Leaving Certificate Examination, 1920
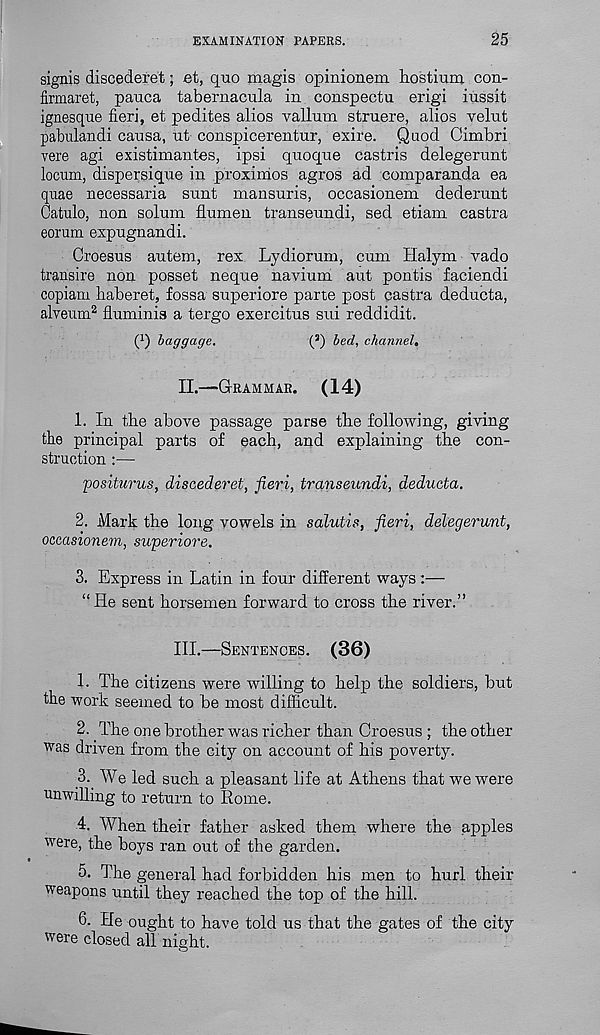
EXAMINATION PAPERS.
25
signis discederet; et, quo magis opinionem hostium con-
firmaret, pauca tabernacula in conspectu erigi iussit
ignesque fieri, et pedites alios vallum struere, alios velut
pabulandi causa, ut conspicerentur, exire. Quod Cimbri
vere agi existimantes, ipsi quoque castris delegerunt
locum, dispersique in proximos agros ad comparanda ea
quae necessaria sunt mansuris, occasionem dederunt
Catulo, non solum flumen transeundi, sed etiam castra
eorum expugnandi.
Croesus autem, rex Lydiorum, cum Halym vado
transire non posset neque navium aut pontis faciendi
copiam haberet, fossa superiore parte post castra deducta,
alveum 2 fluminis a tergo exercitus sui reddidit.
O baggage.
( 3 ) bed, channel.
II.
—
1. In the above passage parse the following, giving
the principal parts of each, and explaining the con-
struction :—
positurus, discederet, fieri, transeundi, deducta.
2. Mark the long vowels in salutis, fieri, delegerunt,
occasionem, superiore.
3. Express in Latin in four different ways:—
“ He sent horsemen forward to cross the river.”
III.
—
1. The citizens were willing to help the soldiers, but
the work seemed to be most difficult.
2. The one brother was richer than Croesus ; the other
was driven from the city on account of his poverty.
3. We led such a pleasant life at Athens that we were
unwilling to return to Rome.
4. When their father asked them where the apples
were, the boys ran out of the garden.
5. The general had forbidden his men to hurl their
weapons until they reached the top of the hill.
6. He ought to have told us that the gates of the city
were closed all night.